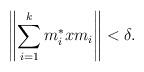
LaTeX: \begin{align*}\left\|\sum_{i=1}^k m_i^*xm_i\right\| < \delta.\end{align*}